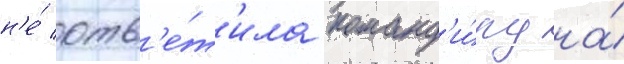
н'е́ отв'е́т'ила команд'и́ру на́